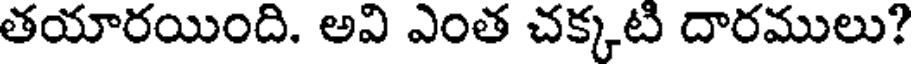
తయారయింది. అవి ఎంత చక్కటి దారములు?